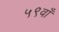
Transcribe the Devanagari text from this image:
५९वाँ